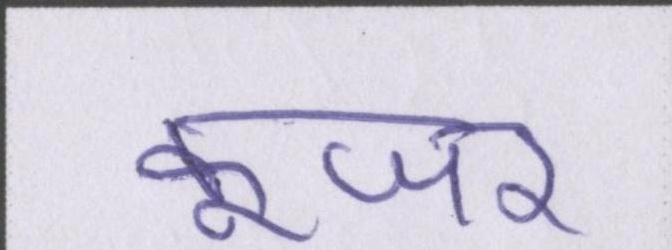
कूजर